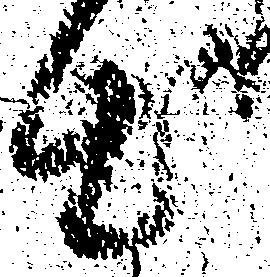
出